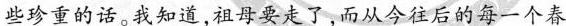
些珍重的话。我知道，祖母要走了而从今往后的每一个春